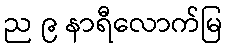
ည ၉ နာရီလောက်မြ